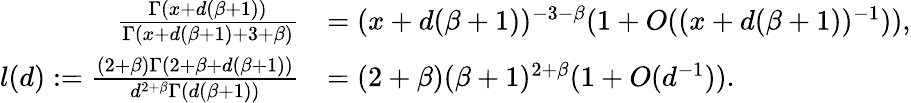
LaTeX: \begin{array}{rl}{\frac{\Gamma(x+d(\beta+1))}{\Gamma(x+d(\beta+1)+3+\beta)}}&{=(x+d(\beta+1))^{-3-\beta}(1+O((x+d(\beta+1))^{-1})),}\\ {l(d):=\frac{(2+\beta)\Gamma(2+\beta+d(\beta+1))}{d^{2+\beta}\Gamma(d(\beta+1))}}&{=(2+\beta)(\beta+1)^{2+\beta}(1+O(d^{-1})).}\end{array}